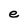
Character: e